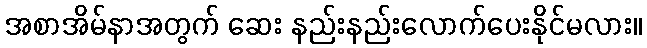
အစာအိမ်နာအတွက် ဆေး နည်းနည်းလောက်ပေးနိုင်မလား။